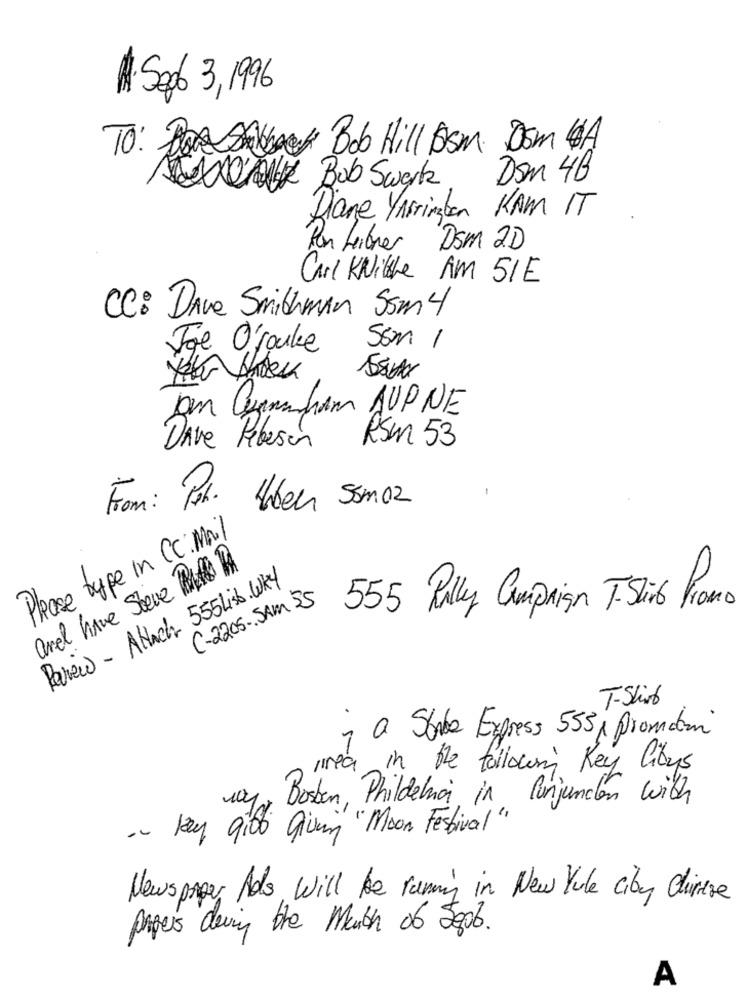
1. Sep6 3, 1996
TO: PASAGer Bob Hill Dom Dom 4A
Dom 4B
THANK Bob Swerk
Diane YArrimban KAM IT
Pan Leitner Dsm 2D
Cari KNitche AM SIE
CC: Dave Smithman Ssm 4
Joe O'rouke
5cm
Dm Ganham AUPNE
RS 53
DAve Rebeson
-
From: P.
Über Sam 02
Phase type in CC: Mail
and have Sieve Af RA
Review - Attach 55 Lisb. WAY
C-2205-SAM 35
555 Rally Campaign T.Sais Promo
T- Shirt
1 a Stala Express 555, promotion
in the following Key Citys
Boston, Phildenna in Runjunden with
-- Day gibb giving "Moon Festival
Newspaper Ads, Will be ruming in New York city Chinese
papers deving the Month 06 Sept.
A